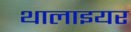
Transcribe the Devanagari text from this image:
थालाइयर